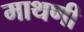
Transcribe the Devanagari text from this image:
माथणी